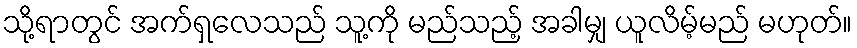
သို့ရာတွင် အက်ရှလေသည် သူ့ကို မည်သည့် အခါမျှ ယူလိမ့်မည် မဟုတ်။